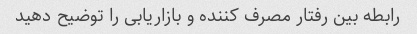
رابطه بین رفتار مصرف کننده و بازاریابی را توضیح دهید